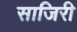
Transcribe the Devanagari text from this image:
साजिरी